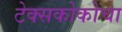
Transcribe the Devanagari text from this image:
टेक्सकोकोचा